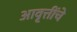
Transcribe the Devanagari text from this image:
आवृत्तींचे